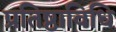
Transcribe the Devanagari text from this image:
प्रतिष्ठाविधि